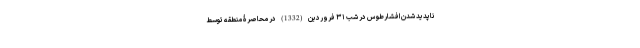
ناپدید شدن افشارطوس در شب ۳۱ فروردین (1332) در محاصرۀ منطقه توسطِ